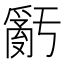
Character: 𤔧